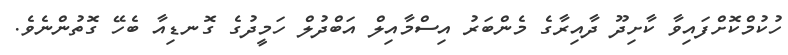
ހުކުމްކޮށްފައިވާ ކާށިދޫ ދާއިރާގެ މެންބަރު އިސްމާއިލް އަބްދުލް ހަމީދުގެ ގޮނޑިއާ ބެހޭ ގޮތުންނެވެ.